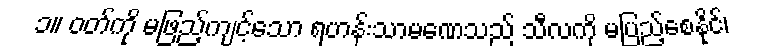
၁။ ဝတ်ကို မဖြည့်ကျင့်သော ရဟန်းသာမဏေသည် သီလကို မပြည့်စေနိုင်၊